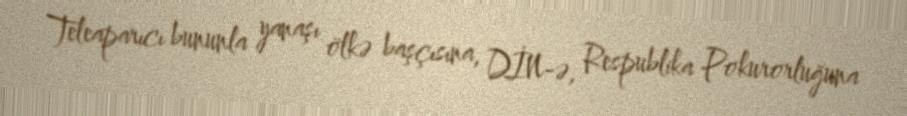
Teleaparıcı bununla yanaşı ölkə başçısına, DİN-ə, Respublika Pokurorluğuna